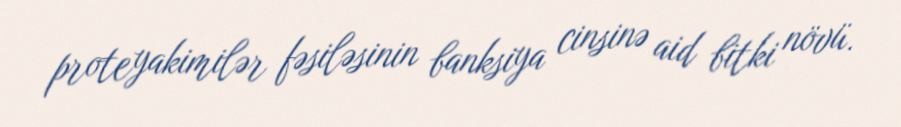
proteyakimilər fəsiləsinin banksiya cinsinə aid bitki növü.